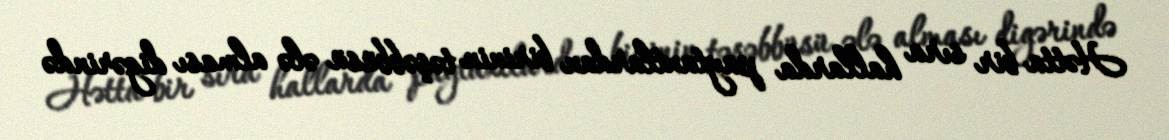
Hətta bir sıra hallarda paytaxtlardan birinin təşəbbüsü ələ alması digərində